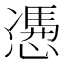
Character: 慿